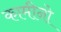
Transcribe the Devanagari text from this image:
कामीनो